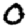
Digit: 0